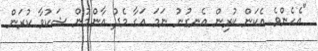
"އެހެންވެ އެކަން ކުރިން އެނގުނު ނަމަ އަގާ މެދު އާންމުން ޝަކުވާ ކުރަން